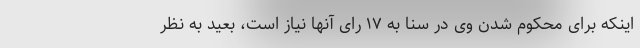
اینکه برای محکوم شدن وی در سنا به ۱۷ رای آنها نیاز است، بعید به نظر